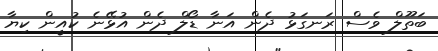
ބަތޫލް ވެސް ރަނގަޅު ދެން އަނާ ޑޯލް ދެން އުޅޭނެ ކުއީން ކިޔާ